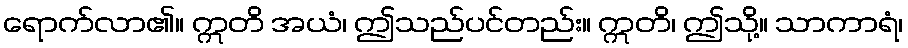
ရောက်လာ၏။ ဣတိ အယံ၊ ဤသည်ပင်တည်း။ ဣတိ၊ ဤသို့။ သာကာရံ၊